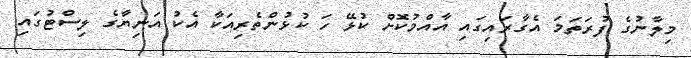
މިލާނުގެ ފުރަތަމަ އެގާރައިގައި އާއްމުކޮށް ކުޅޭ ހަ ކުޅުންތެރިއަކާ އެކު އަނިޔާގެ ލިސްޓުގައި